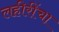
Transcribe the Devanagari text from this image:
लहीरींचा